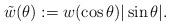
LaTeX: \begin{align*} \tilde{w}(\theta):=w(\cos \theta)|\sin \theta|.\end{align*}